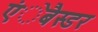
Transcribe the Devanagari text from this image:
एंेबैस्डर